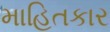
માહિતકાર